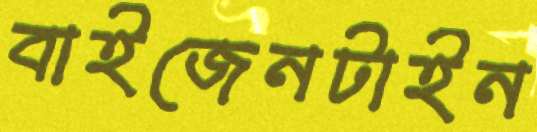
বাইজেনটাইন